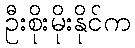
ဦးစိုးမိုးနိုင်က